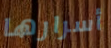
أسرارها